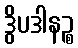
ဒွိပဒါနဉ္စ